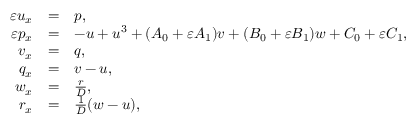
\begin{array} { r c l } { \varepsilon u _ { x } } & { = } & { p , } \\ { \varepsilon p _ { x } } & { = } & { - u + u ^ { 3 } + ( A _ { 0 } + \varepsilon A _ { 1 } ) v + ( B _ { 0 } + \varepsilon B _ { 1 } ) w + C _ { 0 } + \varepsilon C _ { 1 } , } \\ { v _ { x } } & { = } & { q , } \\ { q _ { x } } & { = } & { v - u , } \\ { w _ { x } } & { = } & { \frac { r } { D } , } \\ { r _ { x } } & { = } & { \frac { 1 } { D } ( w - u ) , } \end{array}